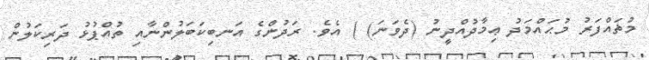
މުޡައްފަރު މުޙައްމަދު ޢިމާދުއްދީނު (ދެވަނަ) ) އެވެ. ރަދުންގެ އަނބިކަބަލުންނާއި ތުއްޕުޅު ދަރިކަލުން